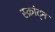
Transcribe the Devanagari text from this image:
स्क्रांट्न